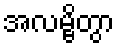
အလမ္ဗိတွာ